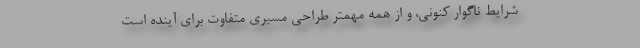
شرایط ناگوار کنونی، و از همه مهمتر طراحی مسیری متفاوت برای آینده است